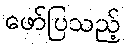
ဖော်ပြသည့်